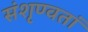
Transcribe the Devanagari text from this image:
संशृण्वतां